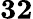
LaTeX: \boldsymbol{32}